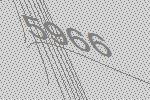
5966